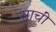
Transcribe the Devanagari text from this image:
साचीं